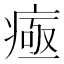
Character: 𤷉